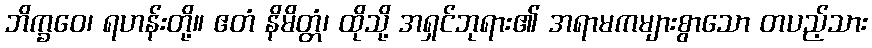
ဘိက္ခဝေ၊ ရဟန်းတို့။ ဧတံ နိမိတ္တံ၊ ထိုသို့ အရှင်ဘုရား၏ အရာမကများစွာသော တပည့်သား